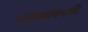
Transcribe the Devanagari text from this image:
संगीताविषयी